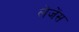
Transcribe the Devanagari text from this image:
लेजेंस